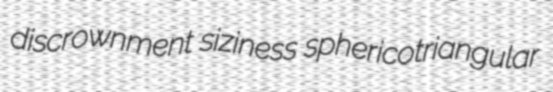
discrownment siziness sphericotriangular